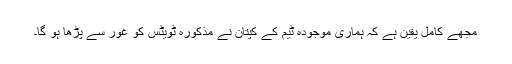
مجھے کامل یقین ہے کہ ہماری موجودہ ٹیم کے کپتان نے مذکورہ ٹویٹس کو غور سے پڑھا ہو گا۔